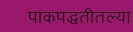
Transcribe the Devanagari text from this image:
पाकपद्धतीतल्या